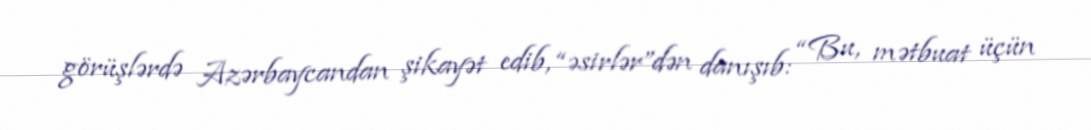
görüşlərdə Azərbaycandan şikayət edib, “əsirlər”dən danışıb: “Bu, mətbuat üçün